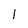
Character: 1